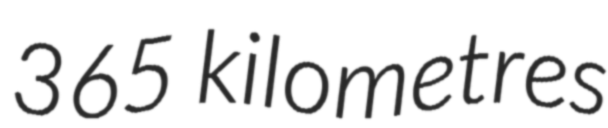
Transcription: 365 kilometres